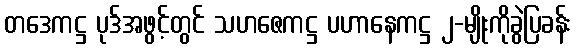
တဒေကဋ္ဌ ပုဒ်အဖွင့်တွင် သဟဇေကဋ္ဌ ပဟာနေကဋ္ဌ ၂-မျိုးကိုခွဲပြခန်း